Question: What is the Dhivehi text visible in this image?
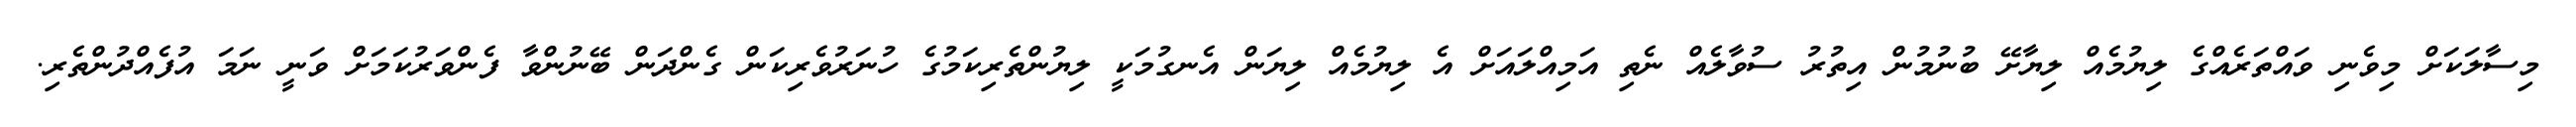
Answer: މިސާލަކަށް މިވެނި ވައްތަރެއްގެ ލިޔުމެއް ލިޔާށޭ ބުނުމުން އިތުރު ސުވާލެއް ނެތި އަމިއްލައަށް އެ ލިޔުމެއް ލިޔަން އެނގުމަކީ ލިޔުންތެރިކަމުގެ ހުނަރުވެރިކަން ގެންދަން ބޭނުންވާ ފެންވަރުކަމަށް ވަނީ ނަމަ އުފެއްދުންތެރި.